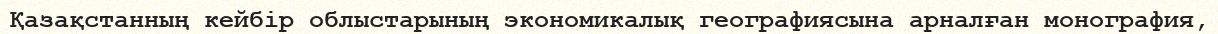
Қазақстанның кейбір облыстарының экономикалық географиясына арналған монография,